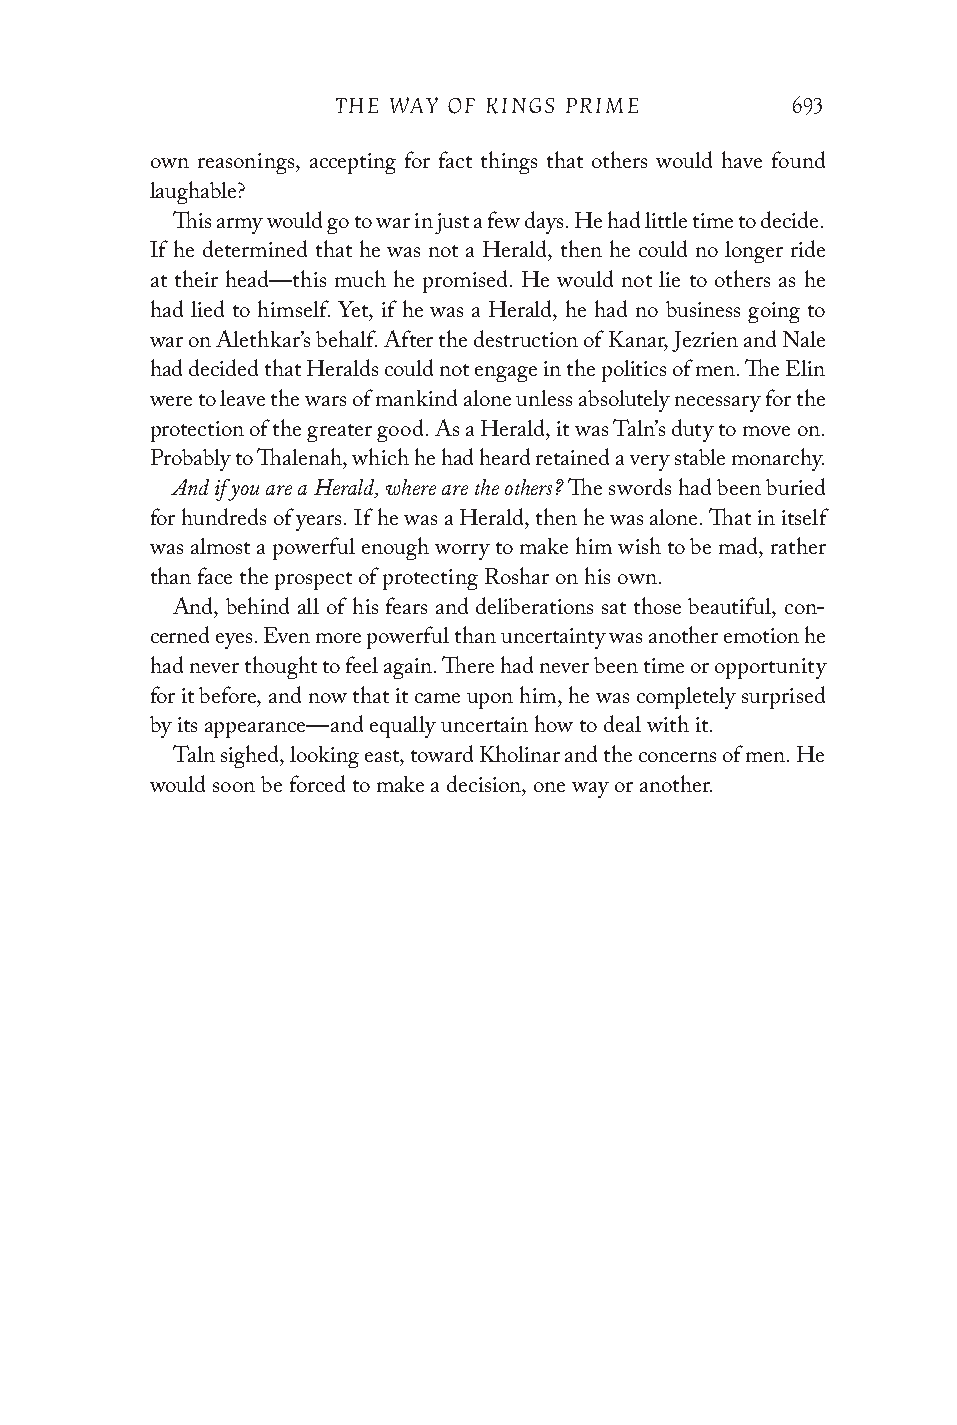
THE WAY OF KINGS PRIME        693
 own reasonings, accepting for fact things that others would have found
 laughable?
 This army would go to war in just a few days. He had little time to decide.
 If he determined that he was not a Herald, then he could no longer ride
 at their head—this much he promised. He would not lie to others as he
 had lied to himself. Yet, if he was a Herald, he had no business going to
 war on Alethkar’s behalf. After the destruction of Kanar, Jezrien and Nale
 had decided that Heralds could not engage in the politics of men. The Elin
 were to leave the wars of mankind alone unless absolutely necessary for the
 protection of the greater good. As a Herald, it was Taln’s duty to move on.
 Probably to Thalenah, which he had heard retained a very stable monarchy.
 And if you are a Herald, where are the others?
 The swords had been buried
 for hundreds of years. If he was a Herald, then he was alone. That in itself
 was almost a powerful enough worry to make him wish to be mad, rather
 than face the prospect of protecting Roshar on his own.
 And, behind all of his fears and deliberations sat those beautiful, con-
 cerned eyes. Even more powerful than uncertainty was another emotion he
 had never thought to feel again. There had never been time or opportunity
 for it before, and now that it came upon him, he was completely surprised
 by its appearance—and equally uncertain how to deal with it.
 Taln sighed, looking east, toward Kholinar and the concerns of men. He
 would soon be forced to make a decision, one way or another.